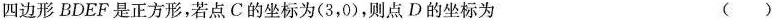
四边形BDEF是正方形，若点C的坐标为(3，0)，则点D的坐标为 ()